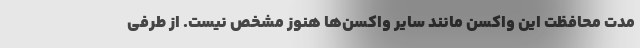
مدت محافظت این واکسن مانند سایر واکسن‌ها هنوز مشخص نیست. از طرفی